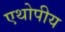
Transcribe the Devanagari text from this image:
एथोपीय